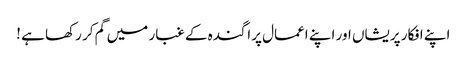
اپنے افکار پریشاں اور اپنے اعمال پراگندہ کے غبار میں گم کر رکھا ہے !